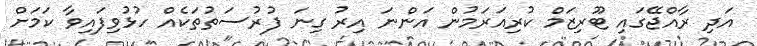
އަދި ރާއްޖޭގައި ޓޫރިޒަމް ކުރިއަރަމުން އަންނަ އިރު ގިނަ ފުރުސަތުތަކެއް ހުޅުވިފައިވާ ކަމަށް